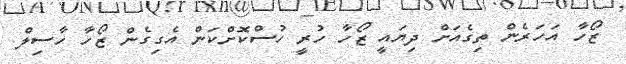
ޒޯހާ އަހަރެން ތިގެއަށް ދިޔައީ ޒޯހާ ހުރީ ހުސްކޮށްކަން އެގިގެން ޒޯހާ ހާސިލް